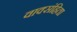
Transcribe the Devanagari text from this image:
वाक्संहिता